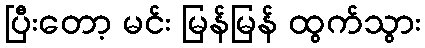
ပြီးတော့ မင်း မြန်မြန် ထွက်သွား